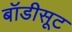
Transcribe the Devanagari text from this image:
बॉडीसूट